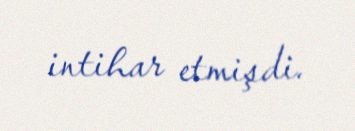
intihar etmişdi.